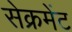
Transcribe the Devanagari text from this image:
सेक्रमेंट